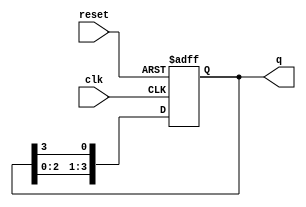
module synchronous_ring_counter (
    input wire clk,        // Clock signal
    input wire reset,      // Asynchronous reset signal
    output reg [N-1:0] q   // Output state of the counter
);
    parameter N = 4;       // Number of flip-flops (bits in the counter)

    always @(posedge clk or posedge reset) begin
        if (reset) begin
            q <= 1'b1;     // Initialize the counter to 0001
        end else begin
            q <= {q[N-2:0], q[N-1]}; // Shift the '1' to the next flip-flop
        end
    end
endmodule